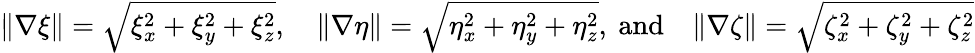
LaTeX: \begin{array}{l}{\| \nabla\xi\| =\sqrt{\xi_{x}^{2}+\xi_{y}^{2}+\xi_{z}^{2}},\quad\| \nabla\eta\| =\sqrt{\eta_{x}^{2}+\eta_{y}^{2}+\eta_{z}^{2}},\mathrm{~and}\quad\| \nabla\zeta\| =\sqrt{\zeta_{x}^{2}+\zeta_{y}^{2}+\zeta_{z}^{2}}}\end{array}